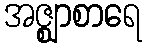
အဇ္ဈာစာရေ